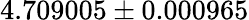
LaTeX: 4.709005\pm 0.000965